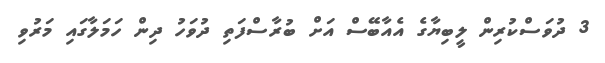
3 ދުވަަސްކުރިން ލީބިޔާގެ އެއާބޭސް އަށް ބުރާސްފަތި ދުވަހު ދިން ހަމަލާގައި މަރުވި